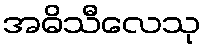
အဓိသီလေသု